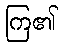
ကြ၏